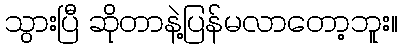
သွားပြီ ဆိုတာနဲ့ပြန်မလာတော့ဘူး။